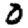
Digit: 0